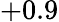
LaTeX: +0.9